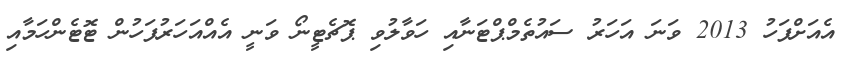
އެއަށްފަހު 2013 ވަނަ އަހަރު ސައުތެމްޕްޓަނާއި ހަވާލުވި ޕޮޗެޓީނޯ ވަނީ އެއްއަހަރުފަހުން ޓޮޓެންހަމާއި